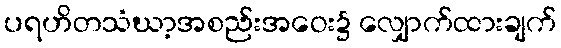
ပရဟိတသံဃာ့အစည်းအဝေး၌ လျှောက်ထားချက်